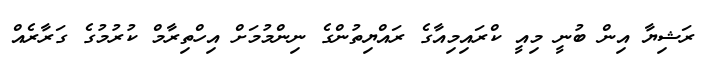
ރަޝިޔާ އިން ބުނީ މިއީ ކްރައިމިއާގެ ރައްޔިތުންގެ ނިންމުމަށް އިހްތިރާމް ކުރުމުގެ ގަރާރެއް